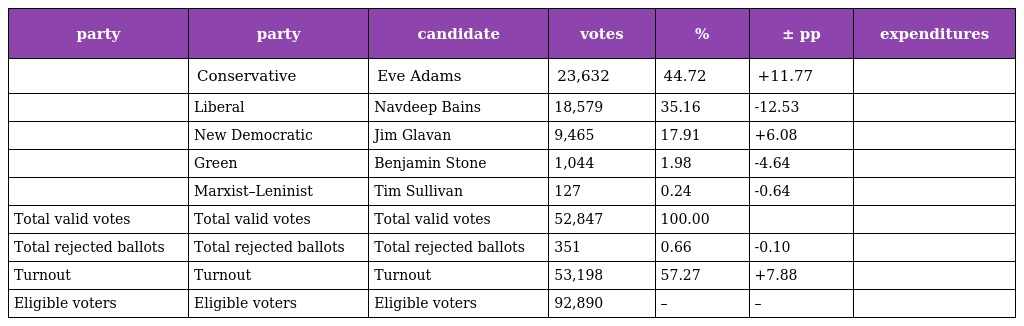
| party | party | candidate | votes | % | ± pp | expenditures |
 | --- | --- | --- | --- | --- | --- | --- |
 |  | Conservative | Eve Adams | 23,632 | 44.72 | +11.77 |  |
 |  | Liberal | Navdeep Bains | 18,579 | 35.16 | -12.53 |  |
 |  | New Democratic | Jim Glavan | 9,465 | 17.91 | +6.08 |  |
 |  | Green | Benjamin Stone | 1,044 | 1.98 | -4.64 |  |
 |  | Marxist–Leninist | Tim Sullivan | 127 | 0.24 | -0.64 |  |
 | Total valid votes | Total valid votes | Total valid votes | 52,847 | 100.00 |  |  |
 | Total rejected ballots | Total rejected ballots | Total rejected ballots | 351 | 0.66 | -0.10 |  |
 | Turnout | Turnout | Turnout | 53,198 | 57.27 | +7.88 |  |
 | Eligible voters | Eligible voters | Eligible voters | 92,890 | – | – |  |